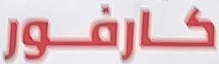
كارفور